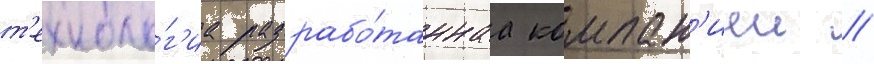
т'ехноло́г'иа разрабо́таннаа компан'иеи //